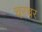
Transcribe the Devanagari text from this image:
चरचर